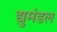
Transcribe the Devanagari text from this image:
द्युमंडल